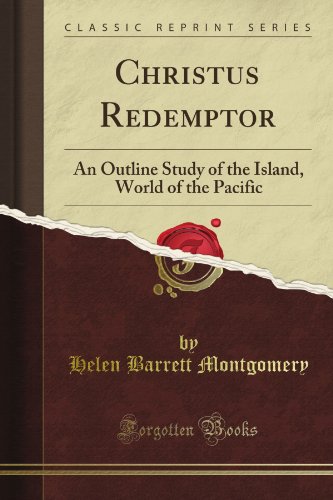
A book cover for Christus Redemptor: An Outline Study of the Island, World of the Pacific (Classic Reprint); Helen Barrett Montgomery; History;